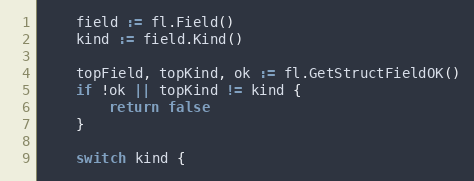
Language: Go
	field := fl.Field()
	kind := field.Kind()

	topField, topKind, ok := fl.GetStructFieldOK()
	if !ok || topKind != kind {
		return false
	}

	switch kind {